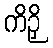
ကိဉှိ